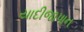
યાદીજાપાન